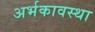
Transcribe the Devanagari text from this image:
अर्भकावस्था